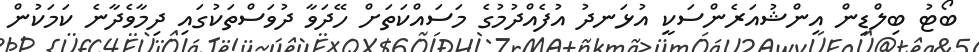
ބޯޓު ބިލްޑިން އިންޝުއަރެންސަކީ އުޅަނދު އުފެއްދުމުގެ މަސައްކަތަށް ހޭދަވާ ދުވަސްތަކުގައި ދިމާވެދާނެ ކަމަކުން